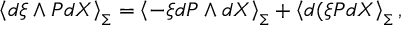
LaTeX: \left\langle d \xi \wedge P d X \right\rangle _ { \Sigma } = \left\langle - \xi d P \wedge d X \right\rangle _ { \Sigma } + \left\langle d ( \xi P d X \right\rangle _ { \Sigma } , \nonumber